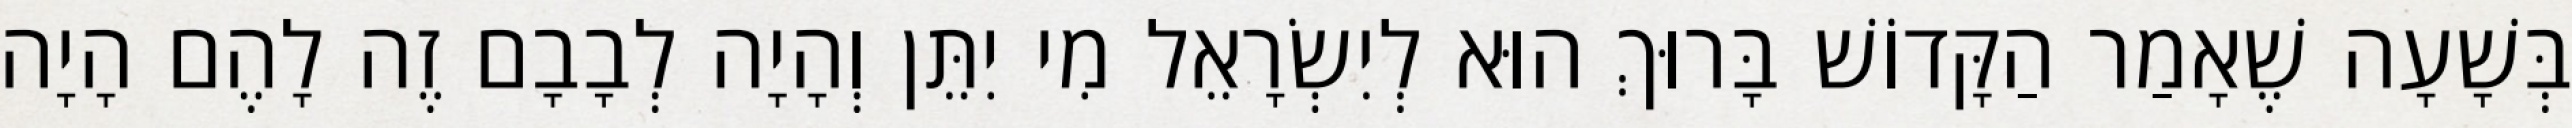
בְּשָׁעָה שֶׁאָמַר הַקָּדוֹשׁ בָּרוּךְ הוּא לְיִשְׂרָאֵל מִי יִתֵּן וְהָיָה לְבָבָם זֶה לָהֶם הָיָה